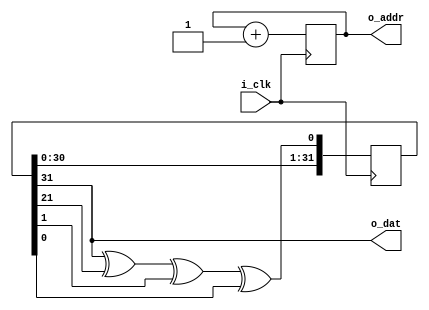
// Use a Galois LFSR to fill memory with random bits
// https://www.xilinx.com/support/documentation/application_notes/xapp052.pdf
module rand_mem(
    input i_clk,      // clock
    output reg [15:0] o_addr = 0, // memory address to write into
    output o_dat      // data to write
);

reg [31:0] l = 32'h1;
assign o_dat = l[31];

always @(posedge i_clk) begin
    o_addr <= o_addr + 1'b1;

    l <= {l[30:0], l[31] ^ l[21] ^ l[1] ^ l[0]};
end

endmodule